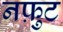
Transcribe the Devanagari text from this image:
नफ़ुट